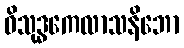
ဝိသုဒ္ဓကေလာသနိဘော